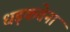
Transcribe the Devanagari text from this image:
धड़कतेना